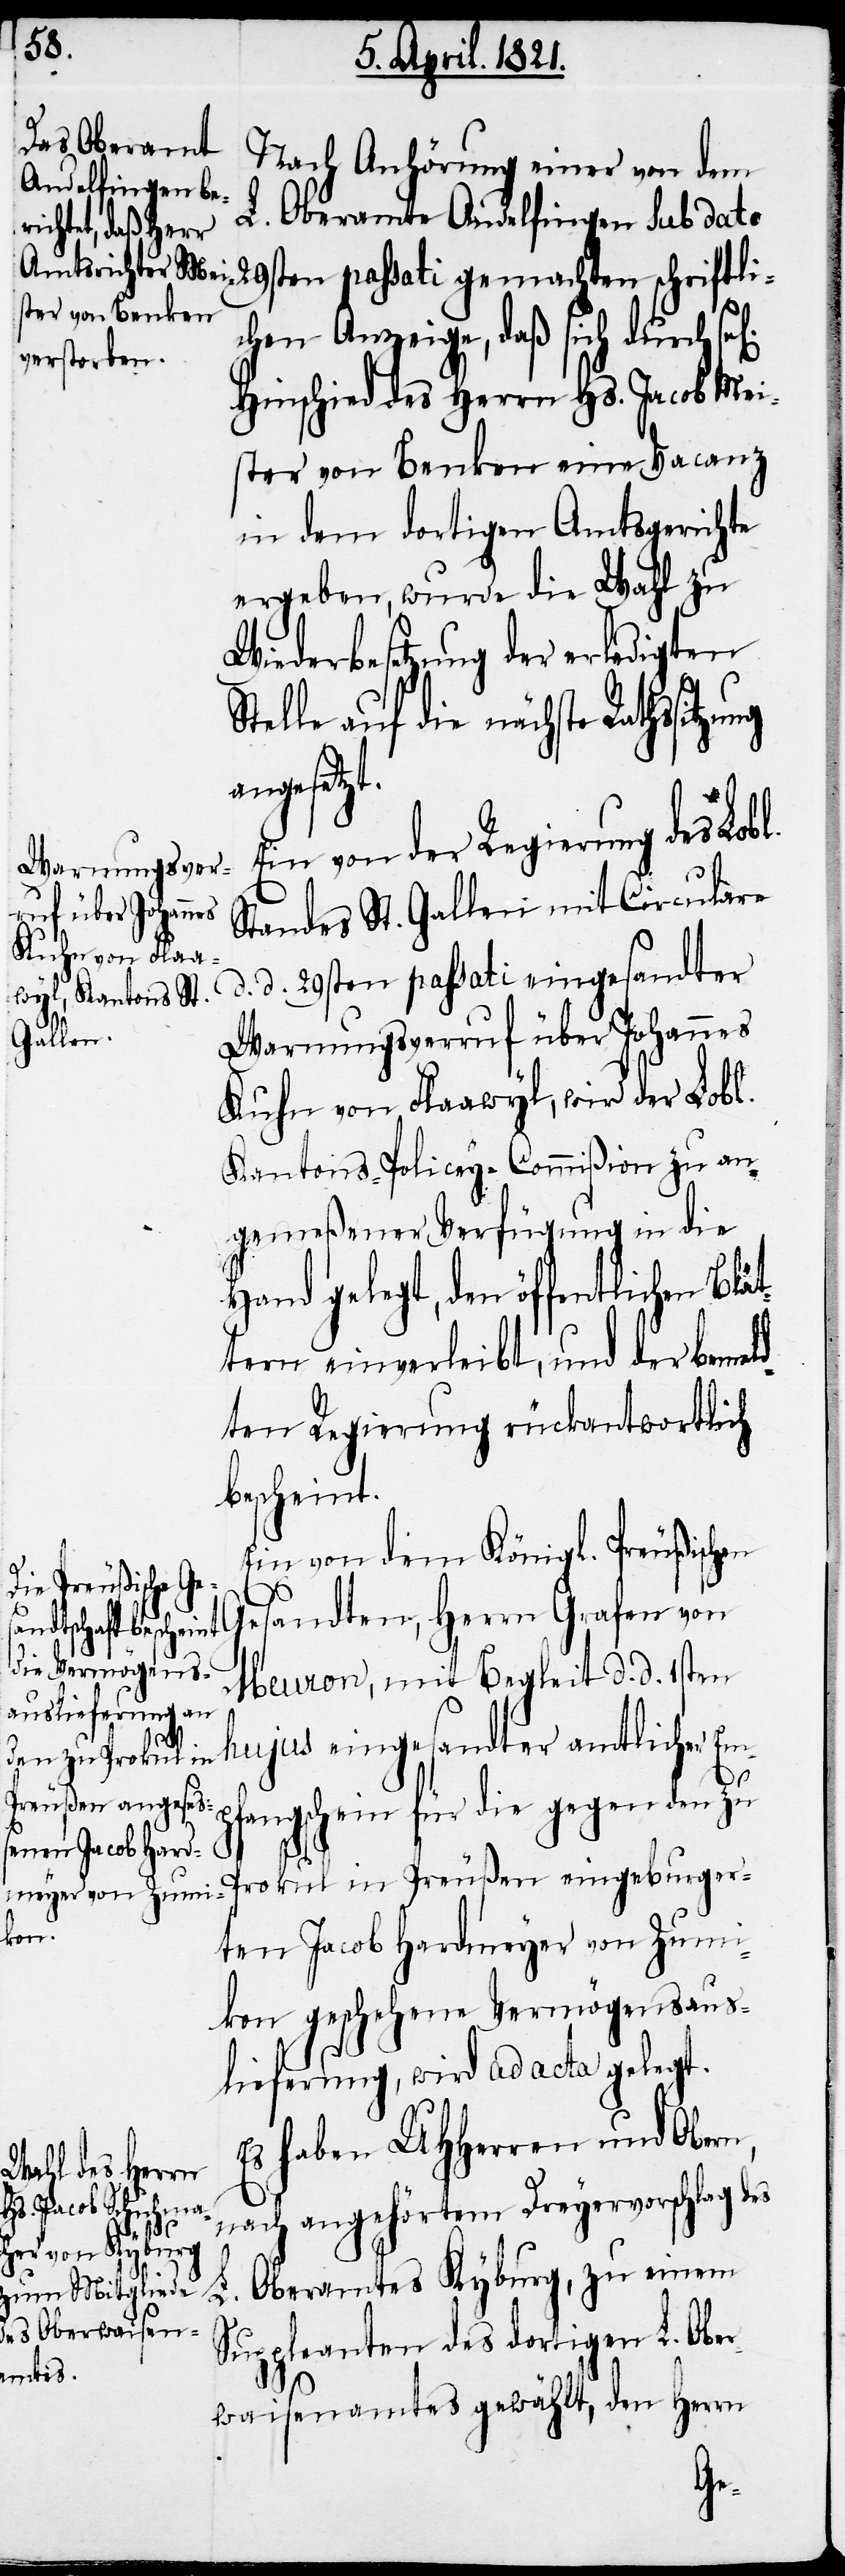
L. Oberamte Andelfingen sub dato
chen Anzeige, daß sich durch se¬
Hinschied des Herrn Hs. Jacob Mei¬
ster von Benken eine Vacanz
in dem dortigen Amtsgerichte
ergeben, wurde die Wahl zu
Wiederbesetzung der erledigten
Stelle auf die nächste Rathssitzung
angesagt.
Ein von der Regierung des Lobl.
Standes St. Gallen mit Circulare
d. d. 29sten passati eingesandter
Warnungsverruf über Johannes
Kuhn von Flaawyl, wird der Lobl.
Kantons-Policey-Commißion zu an¬
gemeßener Verfügung in die
Hand gelegt, den öffentlichen Bl¬
tern einverleibt, und der bemeld¬
ten Regierung rückantwortlich
bescheint.
Ein von dem Königl. Preußischen
Gesandten, Herrn Grafen von
gemachten schrif¬
Meuron, mit Bericht d. d. 1sten
hujus eingesandter amtlicher Em¬
Preußen einge¬
fangschein für die gegen den zu
ger¬
ten Jacob Hardmeyer von Zumi¬
kon geschehene Vermögensaus¬
lieferung, wird ad acta gelegt.
Es haben UHHerren und Obern,
nach angehörtem Dreyervorschlag des
L. Oberamtes Kyburg, zu einem
Suppleanten des dortigen L. Ober¬
waisenamtes gewählt, den Herrn
in